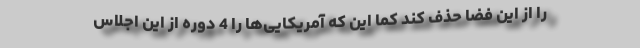
را از این فضا حذف کند کما این که آمریکایی‌ها را 4 دوره از این اجلاس